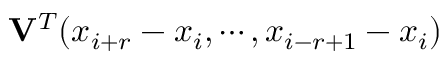
\mathbf { V } ^ { T } ( x _ { i + r } - x _ { i } , \cdots , x _ { i - r + 1 } - x _ { i } )